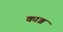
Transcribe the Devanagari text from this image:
काञ्च